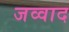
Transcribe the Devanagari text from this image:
जव्वाद